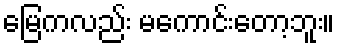
မြေကလည်း မကောင်းတော့ဘူး။